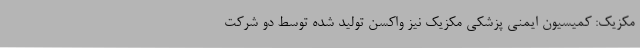
مکزیک: کمیسیون ایمنی پزشکی مکزیک نیز واکسن تولید شده توسط دو شرکت